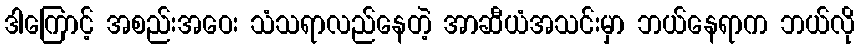
ဒါကြောင့် အစည်းအဝေး သံသရာလည်နေတဲ့ အာဆီယံအသင်းမှာ ဘယ်နေရာက ဘယ်လို